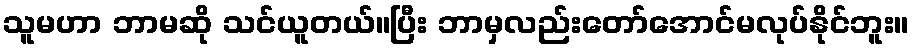
သူမဟာ ဘာမဆို သင်ယူတယ်။ပြီး ဘာမှလည်းတော်အောင်မလုပ်နိုင်ဘူး။